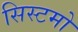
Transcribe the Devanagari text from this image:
सिस्टमो